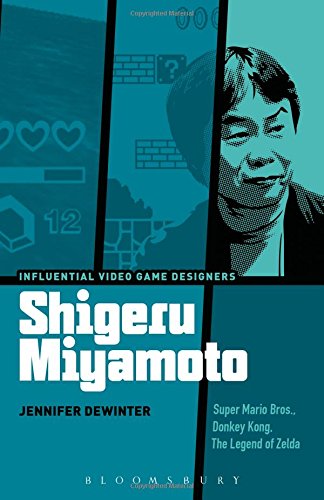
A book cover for Shigeru Miyamoto: Super Mario Bros., Donkey Kong, The Legend of Zelda (Influential Video Game Designers); Jennifer deWinter; Biographies & Memoirs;